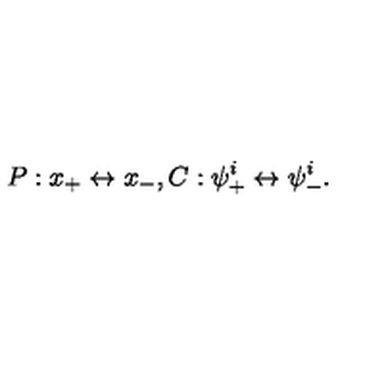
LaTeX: P : x _ { + } \leftrightarrow x _ { - } , C : \psi _ { + } ^ { i } \leftrightarrow \psi _ { - } ^ { i } .